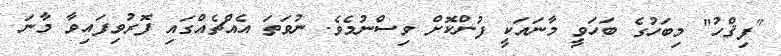
"ފިޤްހު" މިބަހުގެ ބަހަވީ މާނައަކީ ފުންކޮށް ވިސްނުމެވެ. ނުވަތަ އެއްޗެއްގައި ފޮރުވިފައިވާ މާނަ